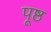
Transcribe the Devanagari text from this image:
पूष्ठ